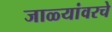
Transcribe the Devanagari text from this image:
जाळ्यांवरचे